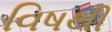
વિષથી